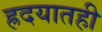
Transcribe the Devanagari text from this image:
ह्रदयातही